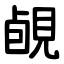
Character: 䚃